Vaccination in Burma 1920-1933 - 1920-1933
Year: 1920
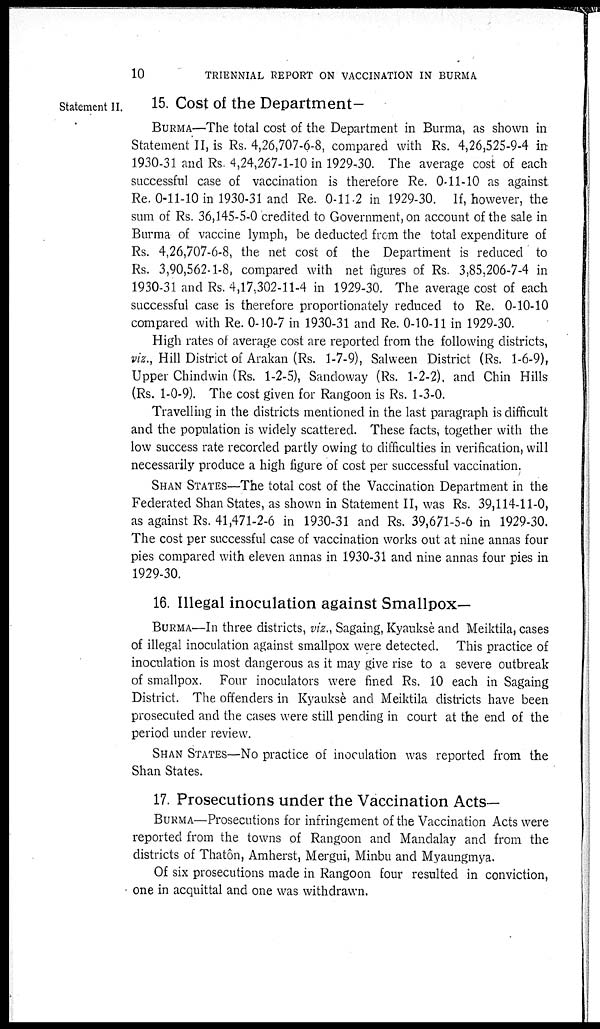
10
TRIENNIAL REPORT ON VACCINATION IN BURMA
Statement II.
15. Cost of the Department-
BURMA—The total cost of the Department in Burma, as shown in
Statement II, is Rs. 4,26,707-6-8, compared with Rs. 4,26,525-9-4 in
1930-31 and Rs. 4,24,267-1-10 in 1929-30. The average cost of each
successful case of vaccination is therefore Re. 0-11-10 as against
Re. 0-11-10 in 1930-31 and Re. 0-11-2 in 1929-30. If, however, the
sum of Rs. 36,145-5-0 credited to Government, on account of the sale in
Burma of vaccine lymph, be deducted from the total expenditure of
Rs. 4,26,707-6-8, the net cost of the Department is reduced to
Rs. 3,90,562-1-8, compared with net figures of Rs. 3,85,206-7-4 in
1930-31 and Rs. 4,17,302-11-4 in 1929-30. The average cost of each
successful case is therefore proportionately reduced to Re. 0-10-10
compared with Re. 0-10-7 in 1930-31 and Re. 0-10-11 in 1929-30.
High rates of average cost are reported from the following districts,
viz., Hill District of Arakan (Rs. 1-7-9), Salween District (Rs. 1-6-9),
Upper Chindwin (Rs. 1-2-5), Sandoway (Rs. 1-2-2). and Chin Hills
(Rs. 1-0-9). The cost given for Rangoon is Rs. 1-3-0.
Travelling in the districts mentioned in the last paragraph is difficult
and the population is widely scattered. These facts, together with the
low success rate recorded partly owing to difficulties in verification, will
necessarily produce a high figure of cost per successful vaccination.
SHAN STATES—The total cost of the Vaccination Department in the
Federated Shan States, as shown in Statement II, was Rs. 39,114-11-0,
as against Rs. 41,471-2-6 in 1930-31 and Rs. 39,671-5-6 in 1929-30.
The cost per successful case of vaccination works out at nine annas four
pies compared with eleven annas in 1930-31 and nine annas four pies in
1929-30.
16. Illegal inoculation against Smallpox—
BURMA—In three districts, viz., Sagaing, Kyanksè and Meiktila, cases
of illegal inoculation against smallpox were detected. This practice of
inoculation is most dangerous as it may give rise to a severe outbreak
of smallpox. Four inoculators were fined Rs. 10 each in Sagaing
District. The offenders in Kyauksè and Meiktila districts have been
prosecuted and the cases were still pending in court at the end of the
period under review.
SHAN STATES—No practice of inoculation was reported from the
Shan States.
17. Prosecutions under the Vaccination Acts—
BURMA—Prosecutions for infringement of the Vaccination Acts were
reported from the towns of Rangoon and Mandalay and from the
districts of Thatôn, Amherst, Mergui, Minbu and Myaungmya.
Of six prosecutions made in Rangoon four resulted in conviction,
one in acquittal and one was withdrawn.